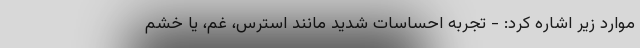
موارد زیر اشاره کرد: - تجربه احساسات شدید مانند استرس، غم، یا خشم